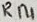
Text: R14